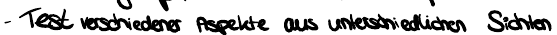
- Test verschiedener Aspekte aus unterschiedlichen Sichten